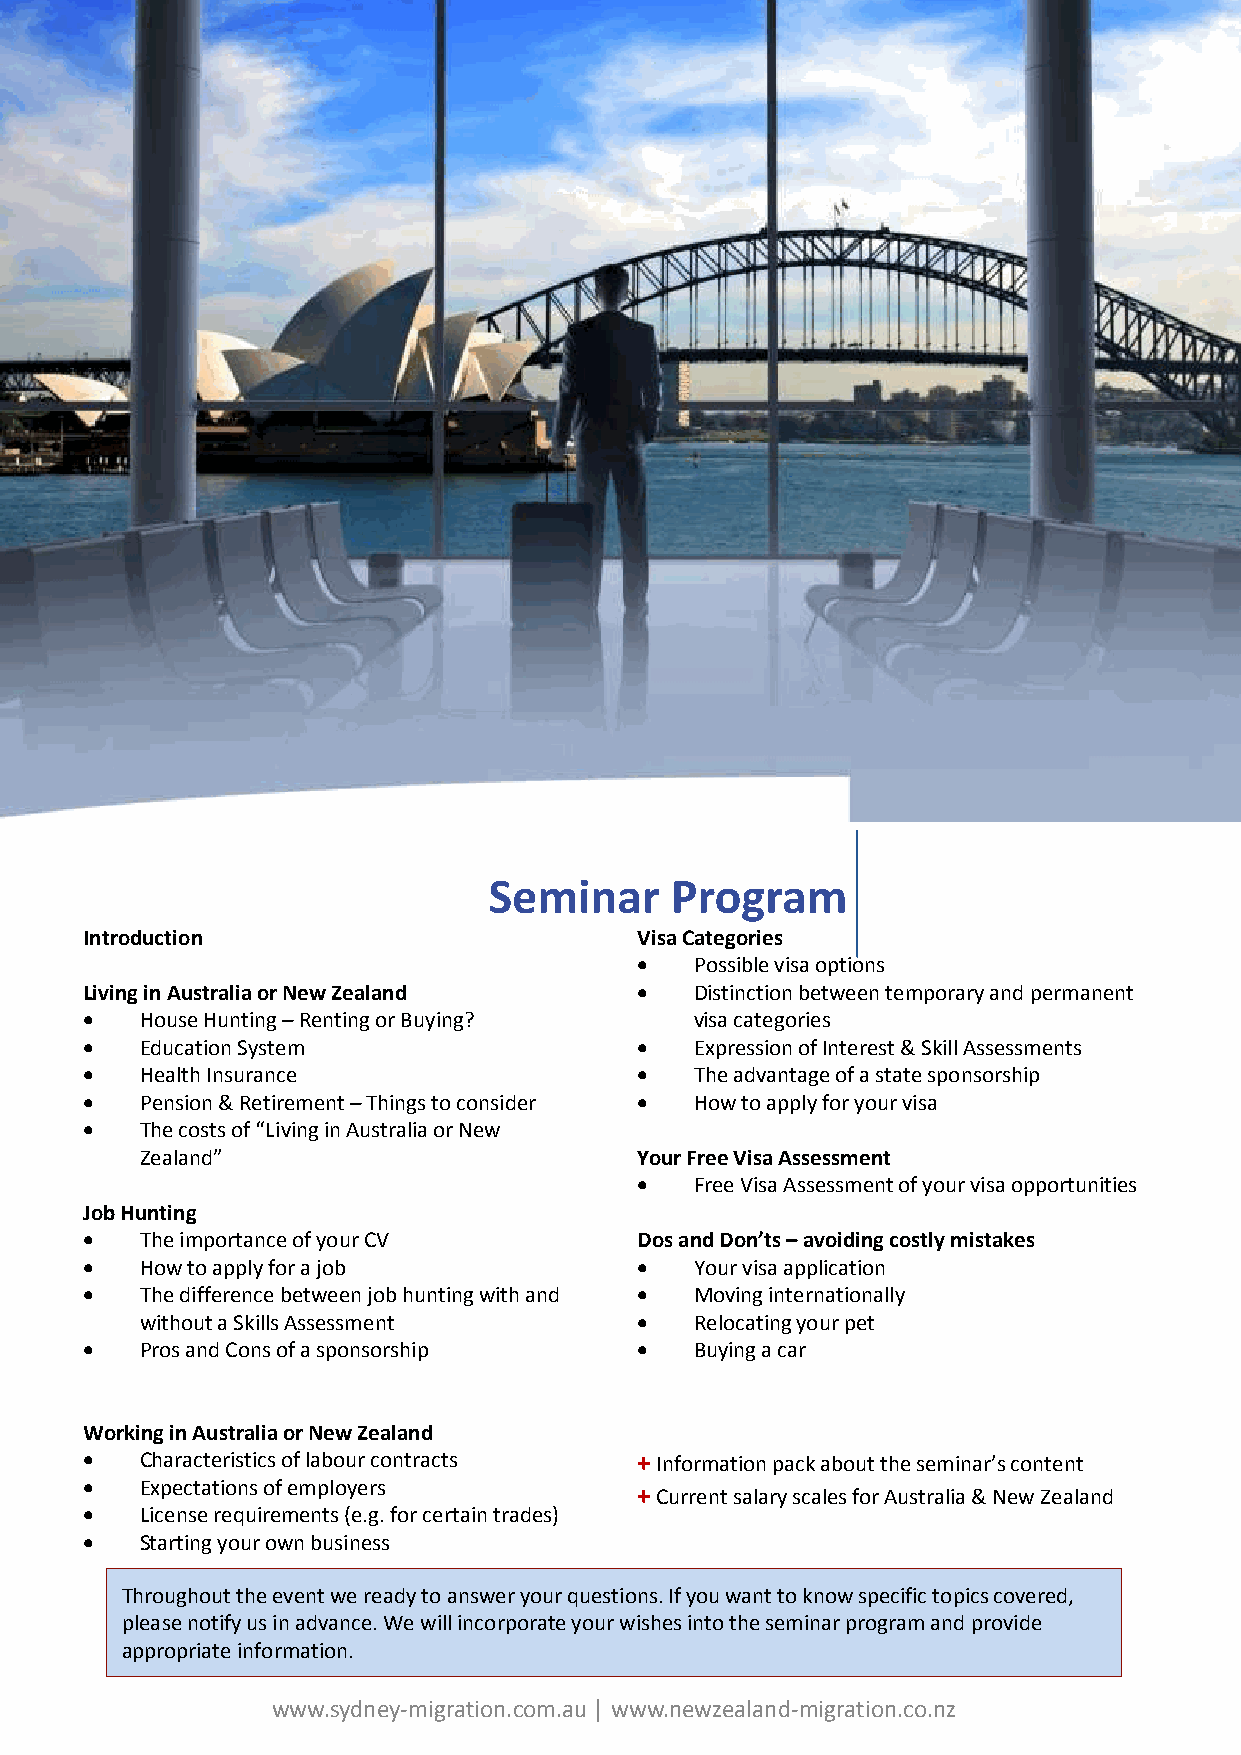
Seminar     Program
 Introduction                        Visa Categories
 •   Possible visa options
 Living in Australia or New Zealand  •   Distinction between temporary and permanent
 •  House Hunting –Renting or Buying?    visa categories
 •  Education System                 •   Expression of Interest & Skill Assessments
 •  Health Insurance                 •   The advantage of a state sponsorship
 •  Pension & Retirement –Things to consider • How to apply for your visa
 •  The costs of “Living in Australia or New
 Zealand”                         Your Free Visa Assessment
 •   Free Visa Assessment of your visa opportunities
 Job Hunting
 •  The importance of your CV        Dos and Don’ts –avoiding costly mistakes
 •  How to apply for a job           •   Your visa application
 •  The difference between job hunting with and • Moving internationally
 without a Skills Assessment      •   Relocating your pet
 •  Pros and Cons of a sponsorship   •   Buying a car
 Working in Australia or New Zealand
 •  Characteristics of labour contracts +Information pack about the seminar’s content
 •  Expectations of employers        +Current salary scales for Australia & New Zealand
 •  License requirements (e.g. for certain trades)
 •  Starting your own business
 Throughout the event we ready to answer your questions. If you want to know specific topics covered,
 please notify us in advance. We will incorporate your wishes into the seminar program and provide
 appropriate information.
 www.sydney-migration.com.au │ www.newzealand-migration.co.nz